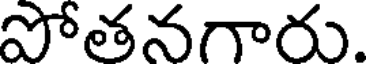
పోతనగారు.